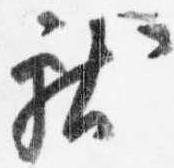
献